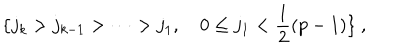
LaTeX: \{ j _ { k } > j _ { k - 1 } > \cdots > j _ { 1 } , ~ 0 \leq j _ { 1 } < \frac { 1 } { 2 } ( p - 1 ) \} ~ ,